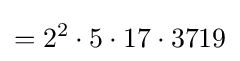
=2^{2}\cdot 5\cdot 17\cdot 3719